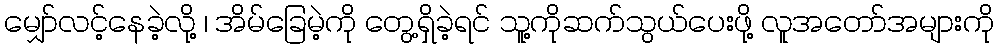
မျှော်လင့်နေခဲ့လို့ ၊ အိမ်ခြေမဲ့ကို တွေ့ရှိခဲ့ရင် သူ့ကိုဆက်သွယ်ပေးဖို့ လူအတော်အများကို